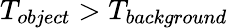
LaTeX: T_{object}>T_{background}